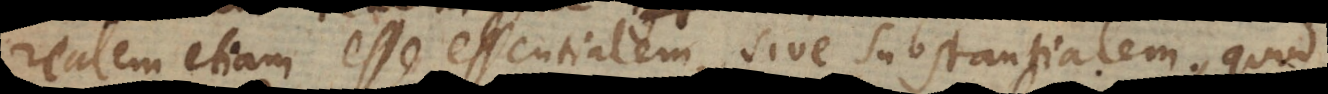
realem etiam esse essentialem, sive substantialem, quod